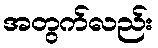
အတွက်လည်း